Scientific memoirs by medical officers of the Army of India - Part XI,
Year: 1898
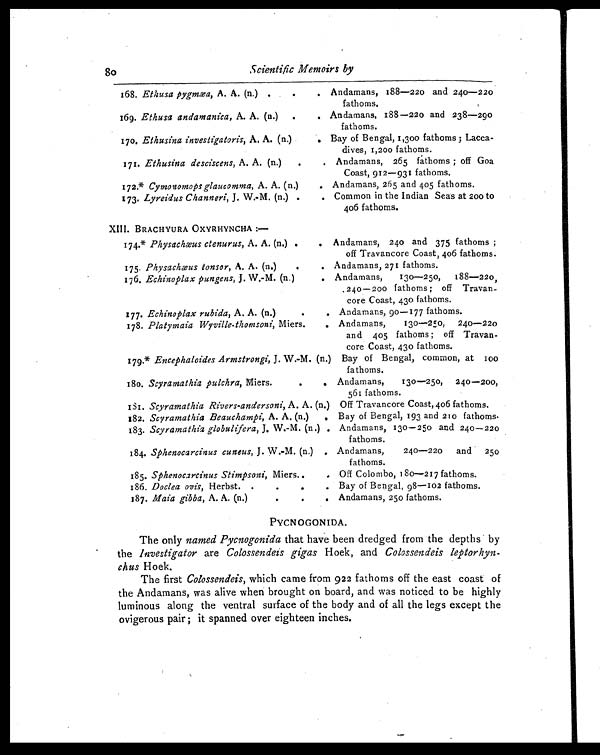
8o
Scientific Memoirs by
168. Ethusa pygmæa, A. A. (n.) .
.
. Andamans, 188—220 and 20—220
fathoms.
169. Ethusa andamanica, A. A. (n.) .
. Andamans, 188—220 and 238—290
fathoms.
17o. Ethusina investigatoris, A. A. (n.)
. Bay of Bengal, 1,300 fathoms ; Lacca-
dives, 1,200 fathoms.
171. Ethusina desciscens, A. A. (n.)
.
. Andamans, 265 fathoms ; off Goa
Coast, 912—931 fathoms.
172.* Cymonomops glaucomma, A. A. (n.)
. Andamans, 265 and 405 fathoms.
173. Lyreidus Channeri, J. W.-M. (n.) .
. Common in the Indian Seas at 200 to
406 fathoms.
XIII. BRACHYURA OXYRHYNCHA :—
Andamans, 240 and 375 fathoms ;
off Travancore Coast, 406 fathoms.
174.* Physachæus ctenurus, A. A. (n.) .
.
175. Physachæus tensor, A. A. (n.)
.
. Andamans, 271 fathoms.
176. Echinoplax pungens, J. W.-M. (n.)
. Andamans,
130—250, 188-220,
.240—200 fathoms ; off Travan-
core Coast, 430 fathoms.
177. Echinoplax rubida, A. A. (n.)
.
. Andamans, 90—177 fathoms.
178. Platymaia Wyville-thomsoni, Miers.
. Andamans,
130—250, 240—220
and 405 fathoms ; off Travan-
core Coast, 430 fathoms.
179.* Encephaloides Armstrongi, J. W.-M. (n.) Bay of Bengal, common, at 100
fathoms.
180. Scyramathia pulchra, Miers.
.
. Andamans,
130—250, 240—200,
561 fathoms.
181. Scyramathia Rivers-andersoni, A. A. (n.) Off Travancore Coast, 406 fathoms.
182. Scyramathia Beauchampi, A. A. (n.)
. Bay of Bengal, 193 and 210 fathoms.
183. Scyramathia globulifera, J. W.-M. (n.) . Andamans, 130—250 and 240—220
fathoms.
184. Sphenocarcinus cuneus, J. W.-M. (n.) . Andamans,
240—220 and 250
fathoms.
185. Sphenocarcinus Stimpsoni, Miers..
. Off Colombo, 180—217 fathoms.
186. Doclea ovis, Herbst. .
.
.
. Bay of Bengal, 98—102 fathoms.
187. Maia gibba, A. A. (n.)
.
.
. Andamans, 250 fathoms.
PYCNOGONIDA.
The only named Pycnogonida that have been dredged from the depths by
the Investigator are Colossendeis gigas Hoek, and Colossendeis leptorhyn-
chus Hoek,
The first Colossendeis, which came from 922 fathoms off the east coast of
the Andamans, was alive when brought on board, and was noticed to be highly
luminous along the ventral surface of the body and of all the legs except the
ovigerous pair ; it spanned over eighteen inches.